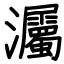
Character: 灟